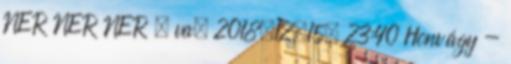
NER NER NER . va. 2018.12.15. 23:40 Honvágy -